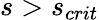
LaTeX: s>s_{crit}